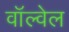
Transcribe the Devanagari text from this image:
वॉल्वेल